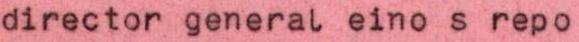
director general eino s repo